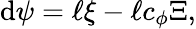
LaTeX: \mathrm{d}\psi=\ell\xi-\ell c_{\phi}\Xi,